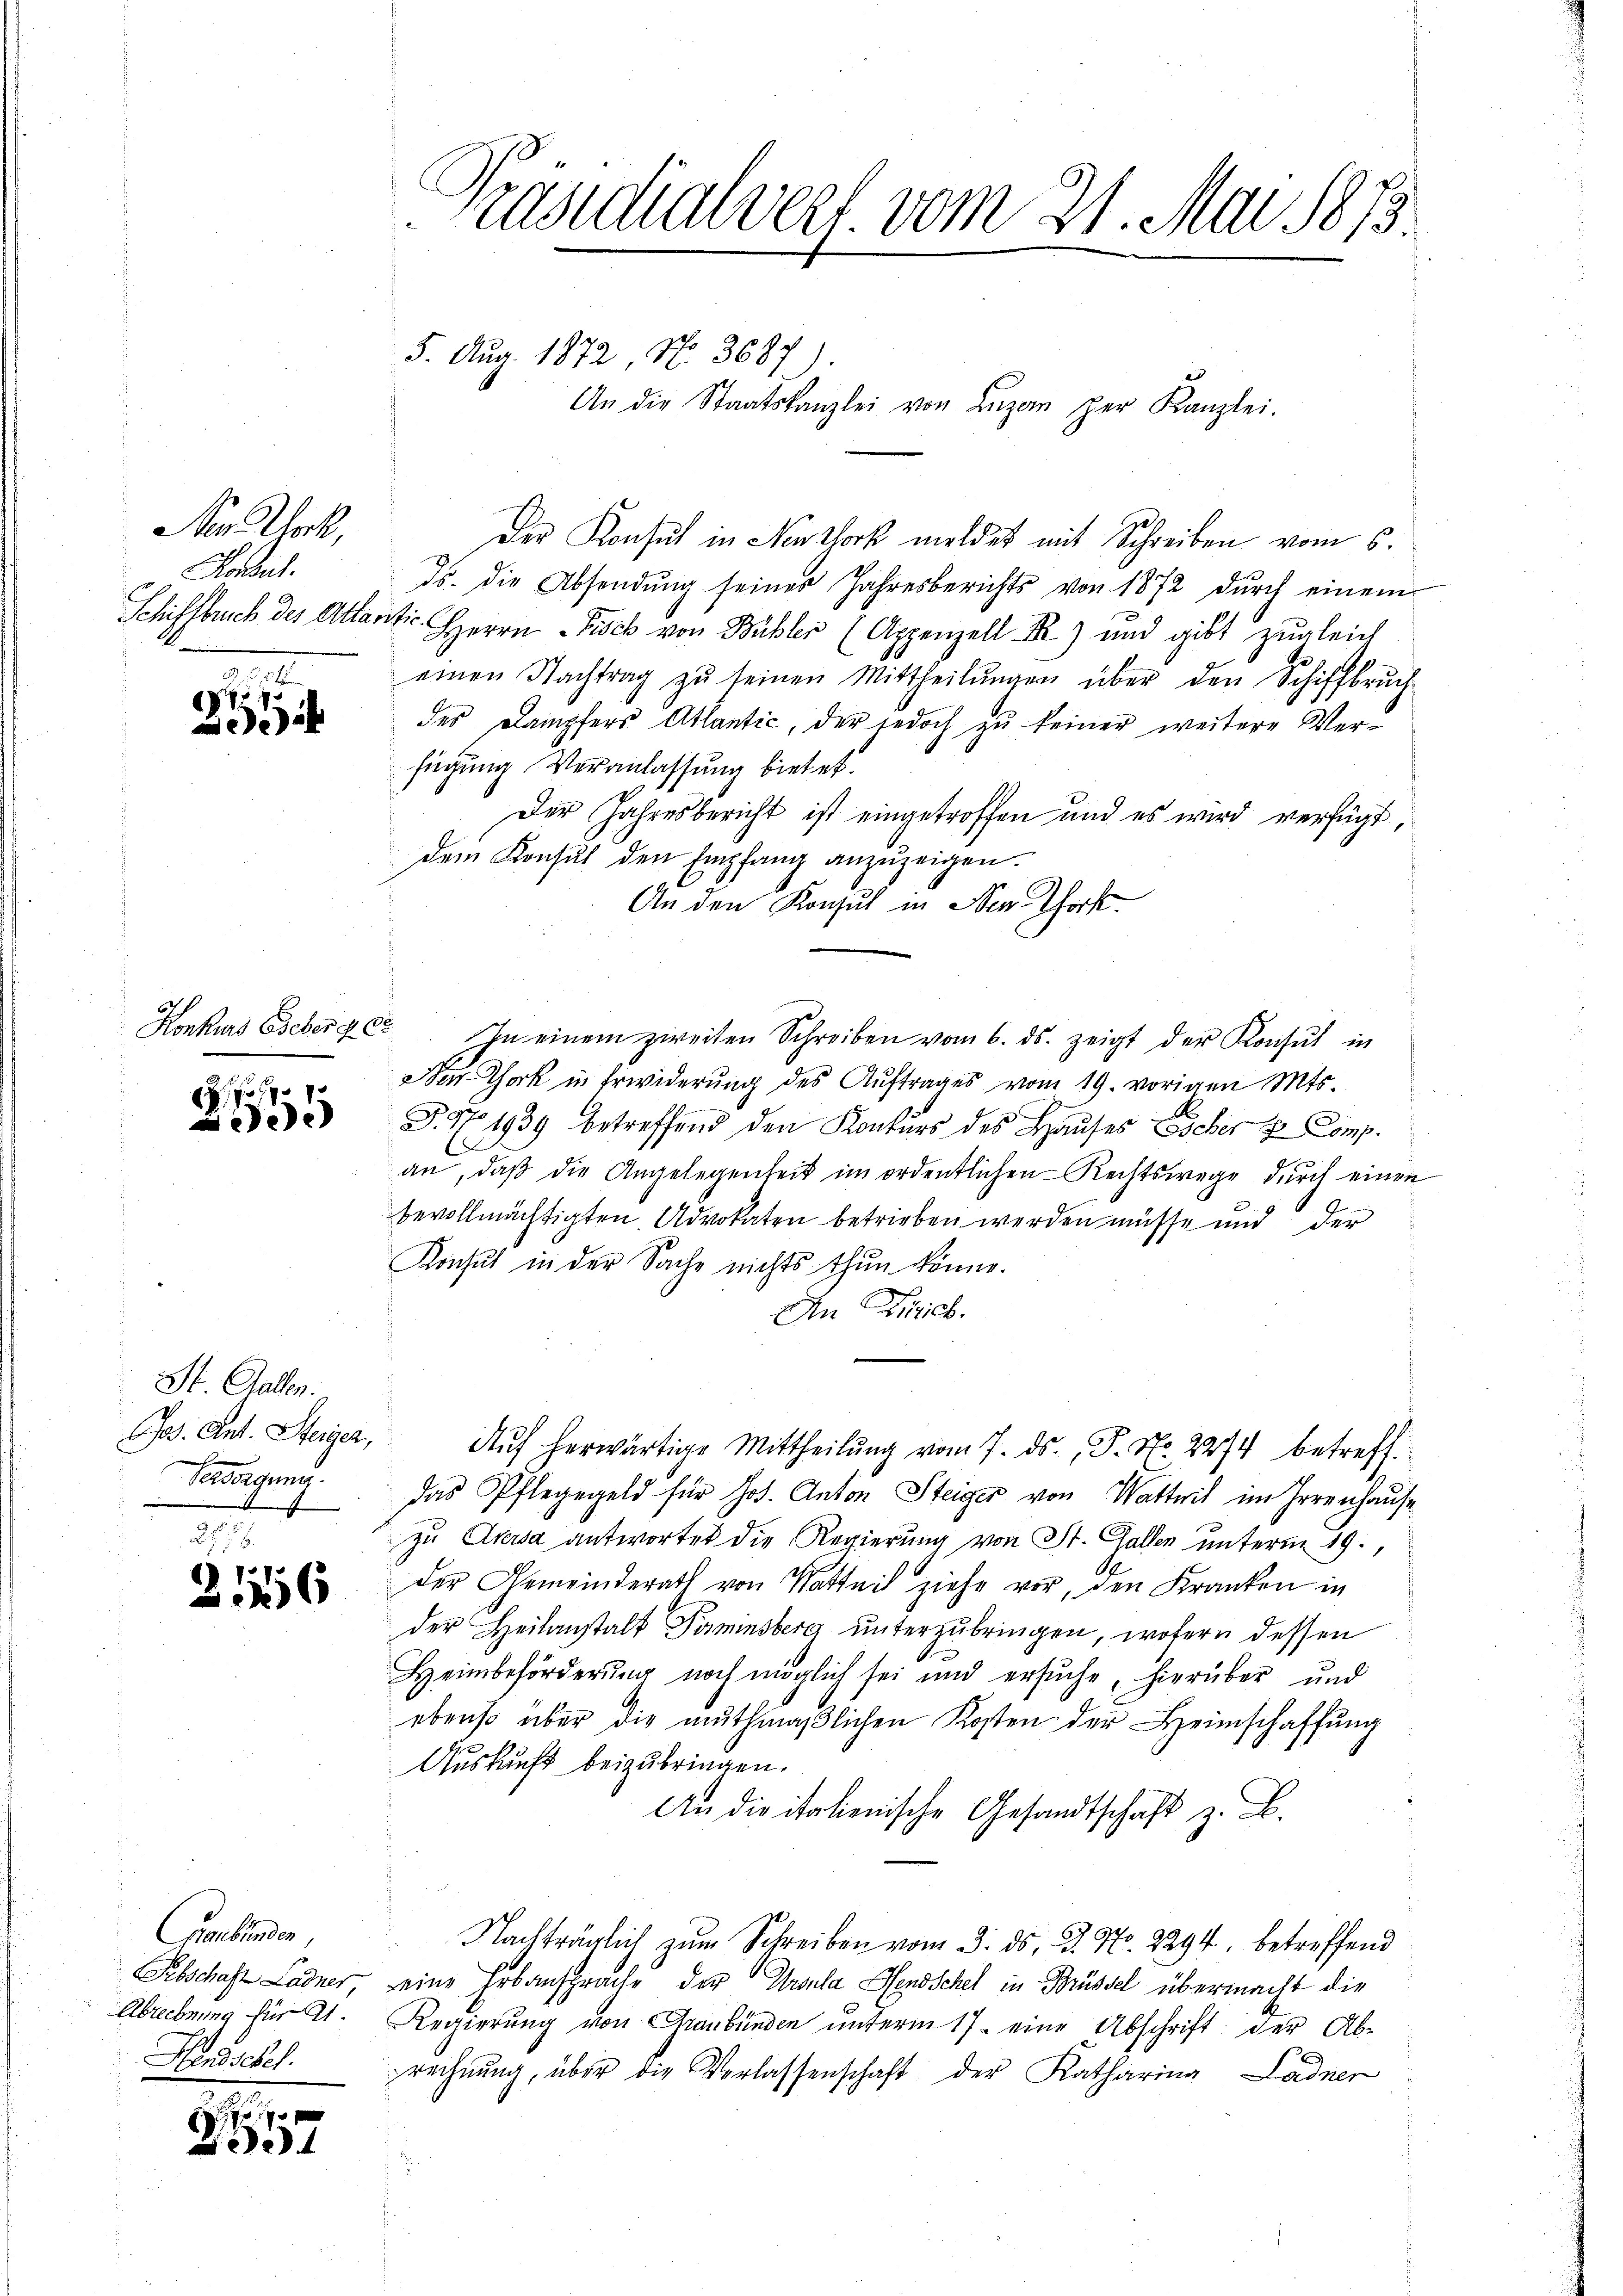
Non lock,
Konant.

g
7
e

Konkurs Eseberg. 65

fo
eede

St. Gallen.
Persorgung.
f
Ao 18.

21456

Graubünden,
Rebschaft Ladner,
Abrechnung für 21.
Hendschel.

87
e

Präsidialvert vom 21. Mai 1873.

Der Konsul in Neuthork meldet mit Schreiben vom 6.
ds. die Absendung seines Jahresberichts von 1872 dŭrch einem
Schiffbruch des Altantic HHerrn Fisch von Bübler (Appenzell K) und gibt zugleich
einen Nachtrag zŭ seinen Mittheilŭngen über den Schiffbrŭch
des Dampfers Atlantić, der jedoch zu keiner weitere Verfügung Veranlassung bietet.
Der Jahresbericht ist eingetroffen und es wird verfügt,
dem Konsul den Empfang anzuzeigen.
An den Konsul in Den Thork
In einem zweiten Schreiben vom 6. ds. zeigt der Konsul in
Den Thork in Erwiderung des Auftrages vom 19. vorigen Mts.
J.G. 1939 betreffend den Konkurs des Hauses Escher & Comp.
an, daβ die Angelegenheit im ordentlichen Rechtswege dŭrch einen
bevollmächtigten Advokaten betrieben werden müsse und der
Konsul in der Sache nichts thun könne.
An Dich.
Jos. Ant. Steiger, Aŭf herwärtige Mittheilŭng vom 7. ds., P. Nr. 2274 betreff
das Pflegegeld für Jos. Anton Steiger von Wattwil im Irrenhause
zu Aversa antwortet die Regierung von St. Gallen unterm 19.
der Gemeinderath von Vatteil ziehe vor, den Kranken in
der Heilanstalt Paminsberg unterzubringen, wofern dessen
Heimbeförderung noch möglich sei und ersŭche, hierüber und
ebenso über die muthmaßlichen Kosten der Heimschaffung
Auskauft beizubringen.
An die italienische Gesandtschaft z. B.
Nachträglich zum Schreiben vom 3. ds. 3. No. 2294, betreffend
eine Erbansprache der Ursula Hendschel in Brüssel übermacht die
Regierung von Graubünden unterm 17. eine Abschrift der Ab-
rechnŭng, über die Verlassenschaft der Katharina Ladner

5. Aug. 1872, No. 3687).
An die Staatskanzlei von Lŭzern per Kanzlei.